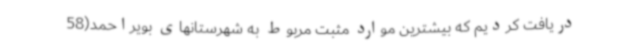
دریافت کردیم که بیشترین موارد مثبت مربوط به شهرستانهای بویراحمد(58